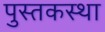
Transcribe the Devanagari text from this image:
पुस्तकस्था